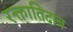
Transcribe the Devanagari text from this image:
रक्तातिदाब